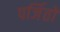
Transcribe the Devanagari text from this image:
पर्जितों